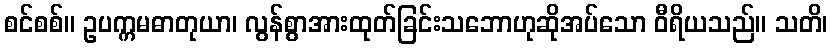
စင်စစ်။ ဥပက္ကမဓာတုယာ၊ လွန်စွာအားထုတ်ခြင်းသဘောဟုဆိုအပ်သော ဝီရိယသည်။ သတိ၊